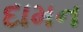
દામન